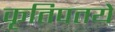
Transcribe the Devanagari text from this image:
कृतिपतये